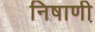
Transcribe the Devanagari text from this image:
निषाणी